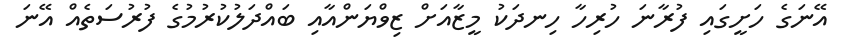
އޭނަގެ ހަށީގައި ފުރާނަ ހުރިހާ ހިނދަކު މީޒާއަށް ޒިވްޔަންއާއި ބައްދަލުކުރުމުގެ ފުރުސަތެއް އޭނަ